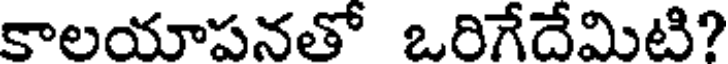
కాలయాపనతో ఒరిగేదేమిటి?